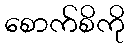
စောက်စိကို